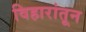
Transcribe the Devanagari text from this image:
विहारांतून